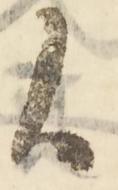
候